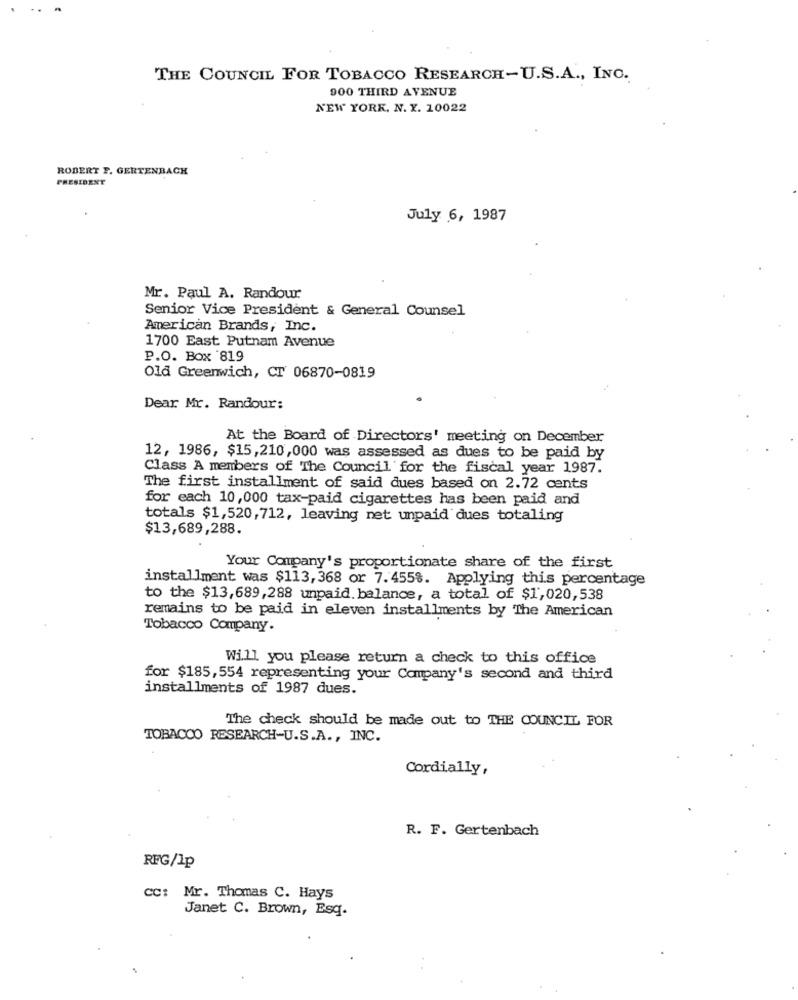
THE COUNCIL FOR TOBACCO RESEARCH-U.S.A ., INC.
900 THIRD AVENUE
NEW YORK, N. Y. 10022
ROBERT F. GERTENBACH
PRESIDENT
July 6, 1987
Mr. Paul A. Randour
Senior Vice President & General Counsel
American Brands, Inc.
1700 East Putnam Avenue
P.O. Box 819
Old Greenwich, CT 06870-0819
Dear Mr. Randour:
At the Board of Directors' meeting on December
12, 1986, $15,210,000 was assessed as dues to be paid by
Class A members of The Council for the fiscal year 1987.
The first installment of said dues based on 2.72 cents
for each 10,000 tax-paid cigarettes has been paid and
totals $1,520,712, leaving net unpaid dues totaling
$13,689,288.
Your Company's proportionate share of the first
installment was $113, 368 or 7.455%. Applying this percentage
to the $13,689,288 unpaid. balance, a total of $1,020,538
remains to be paid in eleven installments by The American
Tobacco Company.
Will you please return a check to this office
for $185, 554 representing your Company's second and third
installments of 1987 dues.
The check should be made out to THE COUNCIL FOR
TOBACCO RESEARCH-U.S.A ., INC.
Cordially,
R. F. Gertenbach
RFG/Ip
cc: Mr. Thomas C. Hays
Janet C. Brown, Esq.